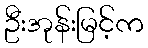
ဦးအုန်းမြင့်က